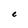
Character: e